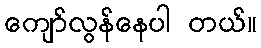
ကျော်လွန်နေပါ တယ်။